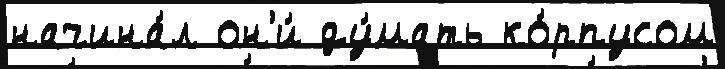
начина́л он'и́ ду́мать ко́рпусом